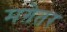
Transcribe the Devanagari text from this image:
मग़ेतर